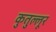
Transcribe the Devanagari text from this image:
कुतुल्लूर